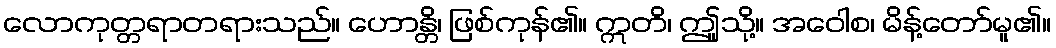
လောကုတ္တရာတရားသည်။ ဟောန္တိ၊ ဖြစ်ကုန်၏။ ဣတိ၊ ဤူသို့။ အဝေါစ၊ မိန့်တော်မူ၏။